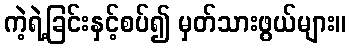
ကဲ့ရဲ့ခြင်းနှင့်စပ်၍ မှတ်သားဖွယ်များ။